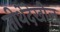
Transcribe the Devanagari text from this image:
तीर्थेदेखील